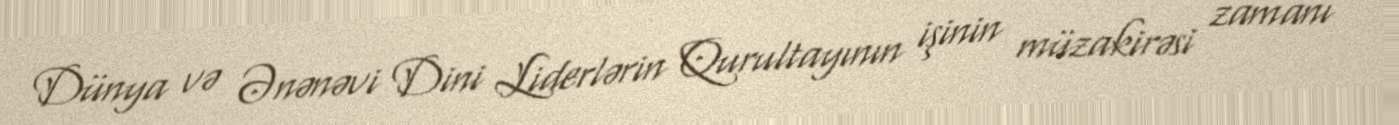
Dünya və Ənənəvi Dini Liderlərin Qurultayının işinin müzakirəsi zamanı